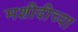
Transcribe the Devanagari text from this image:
मशीदीच्या